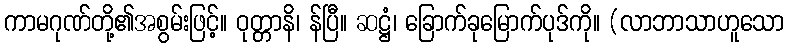
ကာမဂုဏ်တို့၏အစွမ်းဖြင့်။ ဝုတ္တာနိ၊ န်ပြီ။ ဆဋ္ဌံ၊ ခြောက်ခုမြောက်ပုဒ်ကို။ (လာဘာသာဟူသော